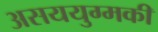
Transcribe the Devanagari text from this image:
असययुग्मकी